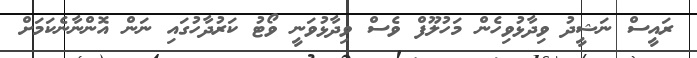
ރައީސް ނަޝީދު ވިދާޅުވިހެން މަހުލޫފް ވެސް ވިދާޅުވަނީ ވޯޓު ކަރުދާހުގައި ނަން އޮންނާނެކަމަށް